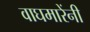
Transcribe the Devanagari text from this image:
वाघमारेंनी